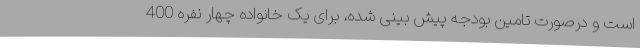
است و درصورت تامین بودجه پیش بینی شده، برای یک خانواده چهار نفره 400